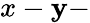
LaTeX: x-\mathbf{y}-